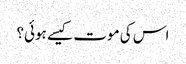
اس کی موت کیسے ہوئی؟